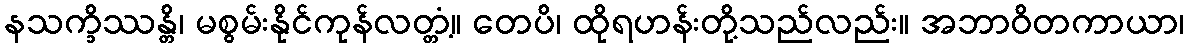
နသက္ခိဿန္တိ၊ မစွမ်းနိုင်ကုန်လတ္တံ့။ တေပိ၊ ထိုရဟန်းတို့သည်လည်း။ အဘာဝိတကာယာ၊